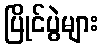
ပြိုင်ပွဲများ